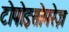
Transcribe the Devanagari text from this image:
टोपोइसोमरेज़